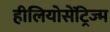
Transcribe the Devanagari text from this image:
हीलियोसेंट्रिज्म